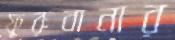
ফুরুবানার